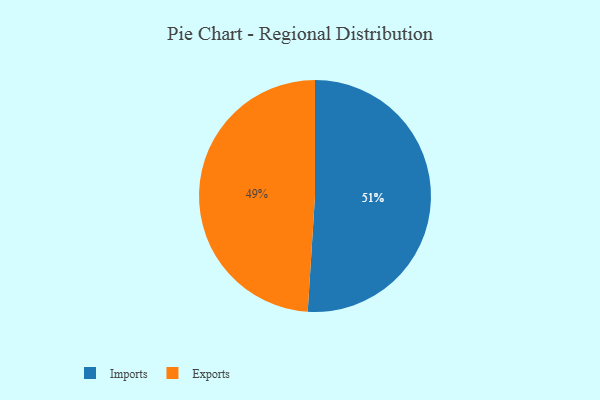
{"axis": {"x": "Category", "y": "Percentage"}, "legend": ["Exports", "Imports"], "data": [{"x": "Exports", "y": 49, "type": "Exports"}, {"x": "Imports", "y": 51, "type": "Imports"}]}